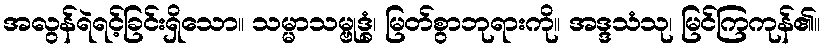
အလွန်ရဲရင့်ခြင်းရှိသော။ သမ္မာသမ္ဗုဒ္ဓံ၊ မြတ်စွာဘုရားကို။ အဒ္ဒသံသု၊ မြင်ကြကုန်၏။